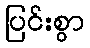
ပြင်းစွာ